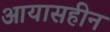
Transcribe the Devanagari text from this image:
आयासहीन